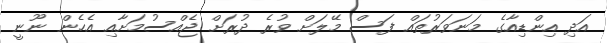
އަދި އިންޑިއާގެ މަނަވަރުތައް ފަސް މޭލަށް ވުރެ ދުރަށް ޖެއްސުމަށާއި އެހެން ނޫނީ